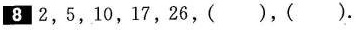
8 2,5,10,17,26，（ ），（ ）.